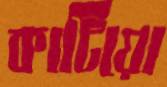
কাটিয়ো